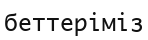
беттеріміз